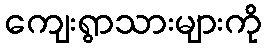
ကျေးရွာသားများကို